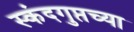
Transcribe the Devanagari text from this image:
स्कंदगुप्तच्या